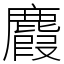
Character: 麚